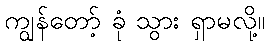
ကျွန်တော့် ခုံ သွား ရှာမလို့။